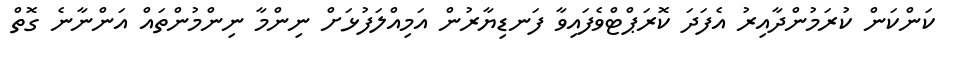
ކަންކަން ކުރަމުންދާއިރު އެފަދަ ކޮރަޕްޓްވެފައިވާ ފަނޑިޔާރުން އަމިއްލަފުޅަށް ނިންމާ ނިންމުންތައް އަންނާނެ ގޮތް